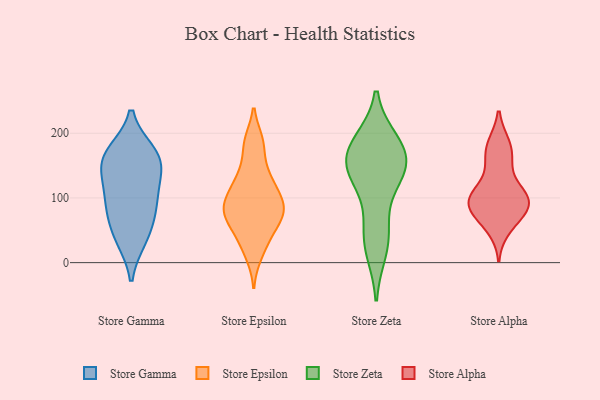
{"axis": {"x": "Operating Costs (USD K)", "y": "Value"}, "legend": ["Store Alpha", "Store Epsilon", "Store Gamma", "Store Zeta"], "data": [{"x": "", "y": 150, "type": "Store Gamma"}, {"x": "", "y": 170, "type": "Store Gamma"}, {"x": "", "y": 75, "type": "Store Gamma"}, {"x": "", "y": 162, "type": "Store Gamma"}, {"x": "", "y": 82, "type": "Store Gamma"}, {"x": "", "y": 37, "type": "Store Gamma"}, {"x": "", "y": 143, "type": "Store Gamma"}, {"x": "", "y": 103, "type": "Store Gamma"}, {"x": "", "y": 40, "type": "Store Gamma"}, {"x": "", "y": 111, "type": "Store Gamma"}, {"x": "", "y": 169, "type": "Store Gamma"}, {"x": "", "y": 187, "type": "Store Epsilon"}, {"x": "", "y": 86, "type": "Store Epsilon"}, {"x": "", "y": 128, "type": "Store Epsilon"}, {"x": "", "y": 36, "type": "Store Epsilon"}, {"x": "", "y": 75, "type": "Store Epsilon"}, {"x": "", "y": 145, "type": "Store Epsilon"}, {"x": "", "y": 44, "type": "Store Epsilon"}, {"x": "", "y": 12, "type": "Store Epsilon"}, {"x": "", "y": 87, "type": "Store Epsilon"}, {"x": "", "y": 111, "type": "Store Epsilon"}, {"x": "", "y": 116, "type": "Store Epsilon"}, {"x": "", "y": 72, "type": "Store Epsilon"}, {"x": "", "y": 68, "type": "Store Epsilon"}, {"x": "", "y": 88, "type": "Store Epsilon"}, {"x": "", "y": 185, "type": "Store Epsilon"}, {"x": "", "y": 182, "type": "Store Zeta"}, {"x": "", "y": 133, "type": "Store Zeta"}, {"x": "", "y": 186, "type": "Store Zeta"}, {"x": "", "y": 156, "type": "Store Zeta"}, {"x": "", "y": 136, "type": "Store Zeta"}, {"x": "", "y": 179, "type": "Store Zeta"}, {"x": "", "y": 59, "type": "Store Zeta"}, {"x": "", "y": 139, "type": "Store Zeta"}, {"x": "", "y": 35, "type": "Store Zeta"}, {"x": "", "y": 20, "type": "Store Zeta"}, {"x": "", "y": 157, "type": "Store Zeta"}, {"x": "", "y": 97, "type": "Store Alpha"}, {"x": "", "y": 91, "type": "Store Alpha"}, {"x": "", "y": 54, "type": "Store Alpha"}, {"x": "", "y": 100, "type": "Store Alpha"}, {"x": "", "y": 165, "type": "Store Alpha"}, {"x": "", "y": 89, "type": "Store Alpha"}, {"x": "", "y": 111, "type": "Store Alpha"}, {"x": "", "y": 150, "type": "Store Alpha"}, {"x": "", "y": 102, "type": "Store Alpha"}, {"x": "", "y": 69, "type": "Store Alpha"}, {"x": "", "y": 74, "type": "Store Alpha"}, {"x": "", "y": 181, "type": "Store Alpha"}, {"x": "", "y": 182, "type": "Store Alpha"}, {"x": "", "y": 97, "type": "Store Alpha"}]}